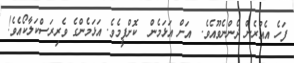
ފަހެ އެއުރެން ދެންނެވޫއެވެ.  އަށް އަޅަމެން  ކޮށްފީމެވެ. އަޅަމެންގެ ވެރިރަސްކަލާކޯއެވެ!